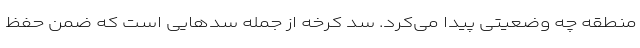
منطقه چه وضعیتی پیدا می‌کرد. سد کرخه از جمله سدهایی است که ضمن حفظ